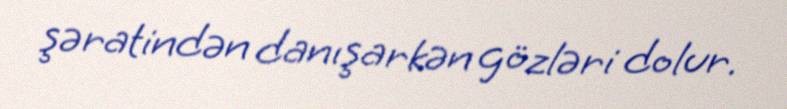
şəratindən danışarkən gözləri dolur.